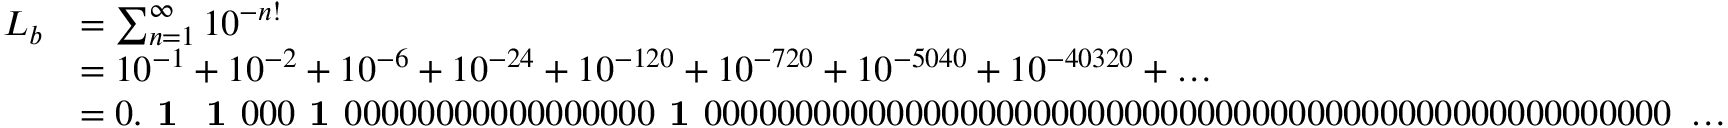
{ \begin{array} { r l } { L _ { b } } & { = \sum _ { n = 1 } ^ { \infty } 1 0 ^ { - n ! } } \\ & { = 1 0 ^ { - 1 } + 1 0 ^ { - 2 } + 1 0 ^ { - 6 } + 1 0 ^ { - 2 4 } + 1 0 ^ { - 1 2 0 } + 1 0 ^ { - 7 2 0 } + 1 0 ^ { - 5 0 4 0 } + 1 0 ^ { - 4 0 3 2 0 } + \ldots } \\ & { = 0 . { \textbf { 1 } } { \textbf { 1 } } 0 0 0 { \textbf { 1 } } 0 0 0 0 0 0 0 0 0 0 0 0 0 0 0 0 0 { \textbf { 1 } } 0 0 0 0 0 0 0 0 0 0 0 0 0 0 0 0 0 0 0 0 0 0 0 0 0 0 0 0 0 0 0 0 0 0 0 0 0 0 0 0 0 0 0 0 0 0 0 0 0 0 0 0 0 \ \ldots } \end{array} }